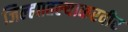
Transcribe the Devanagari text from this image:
जिल्ह्यातल्याकरवीर